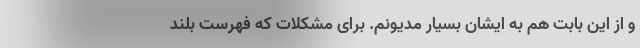
و از این بابت هم به ایشان بسیار مدیونم. برای مشکلات که فهرست بلند